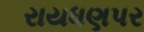
રાયધણપર